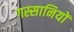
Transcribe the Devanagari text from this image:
गस्सानियों